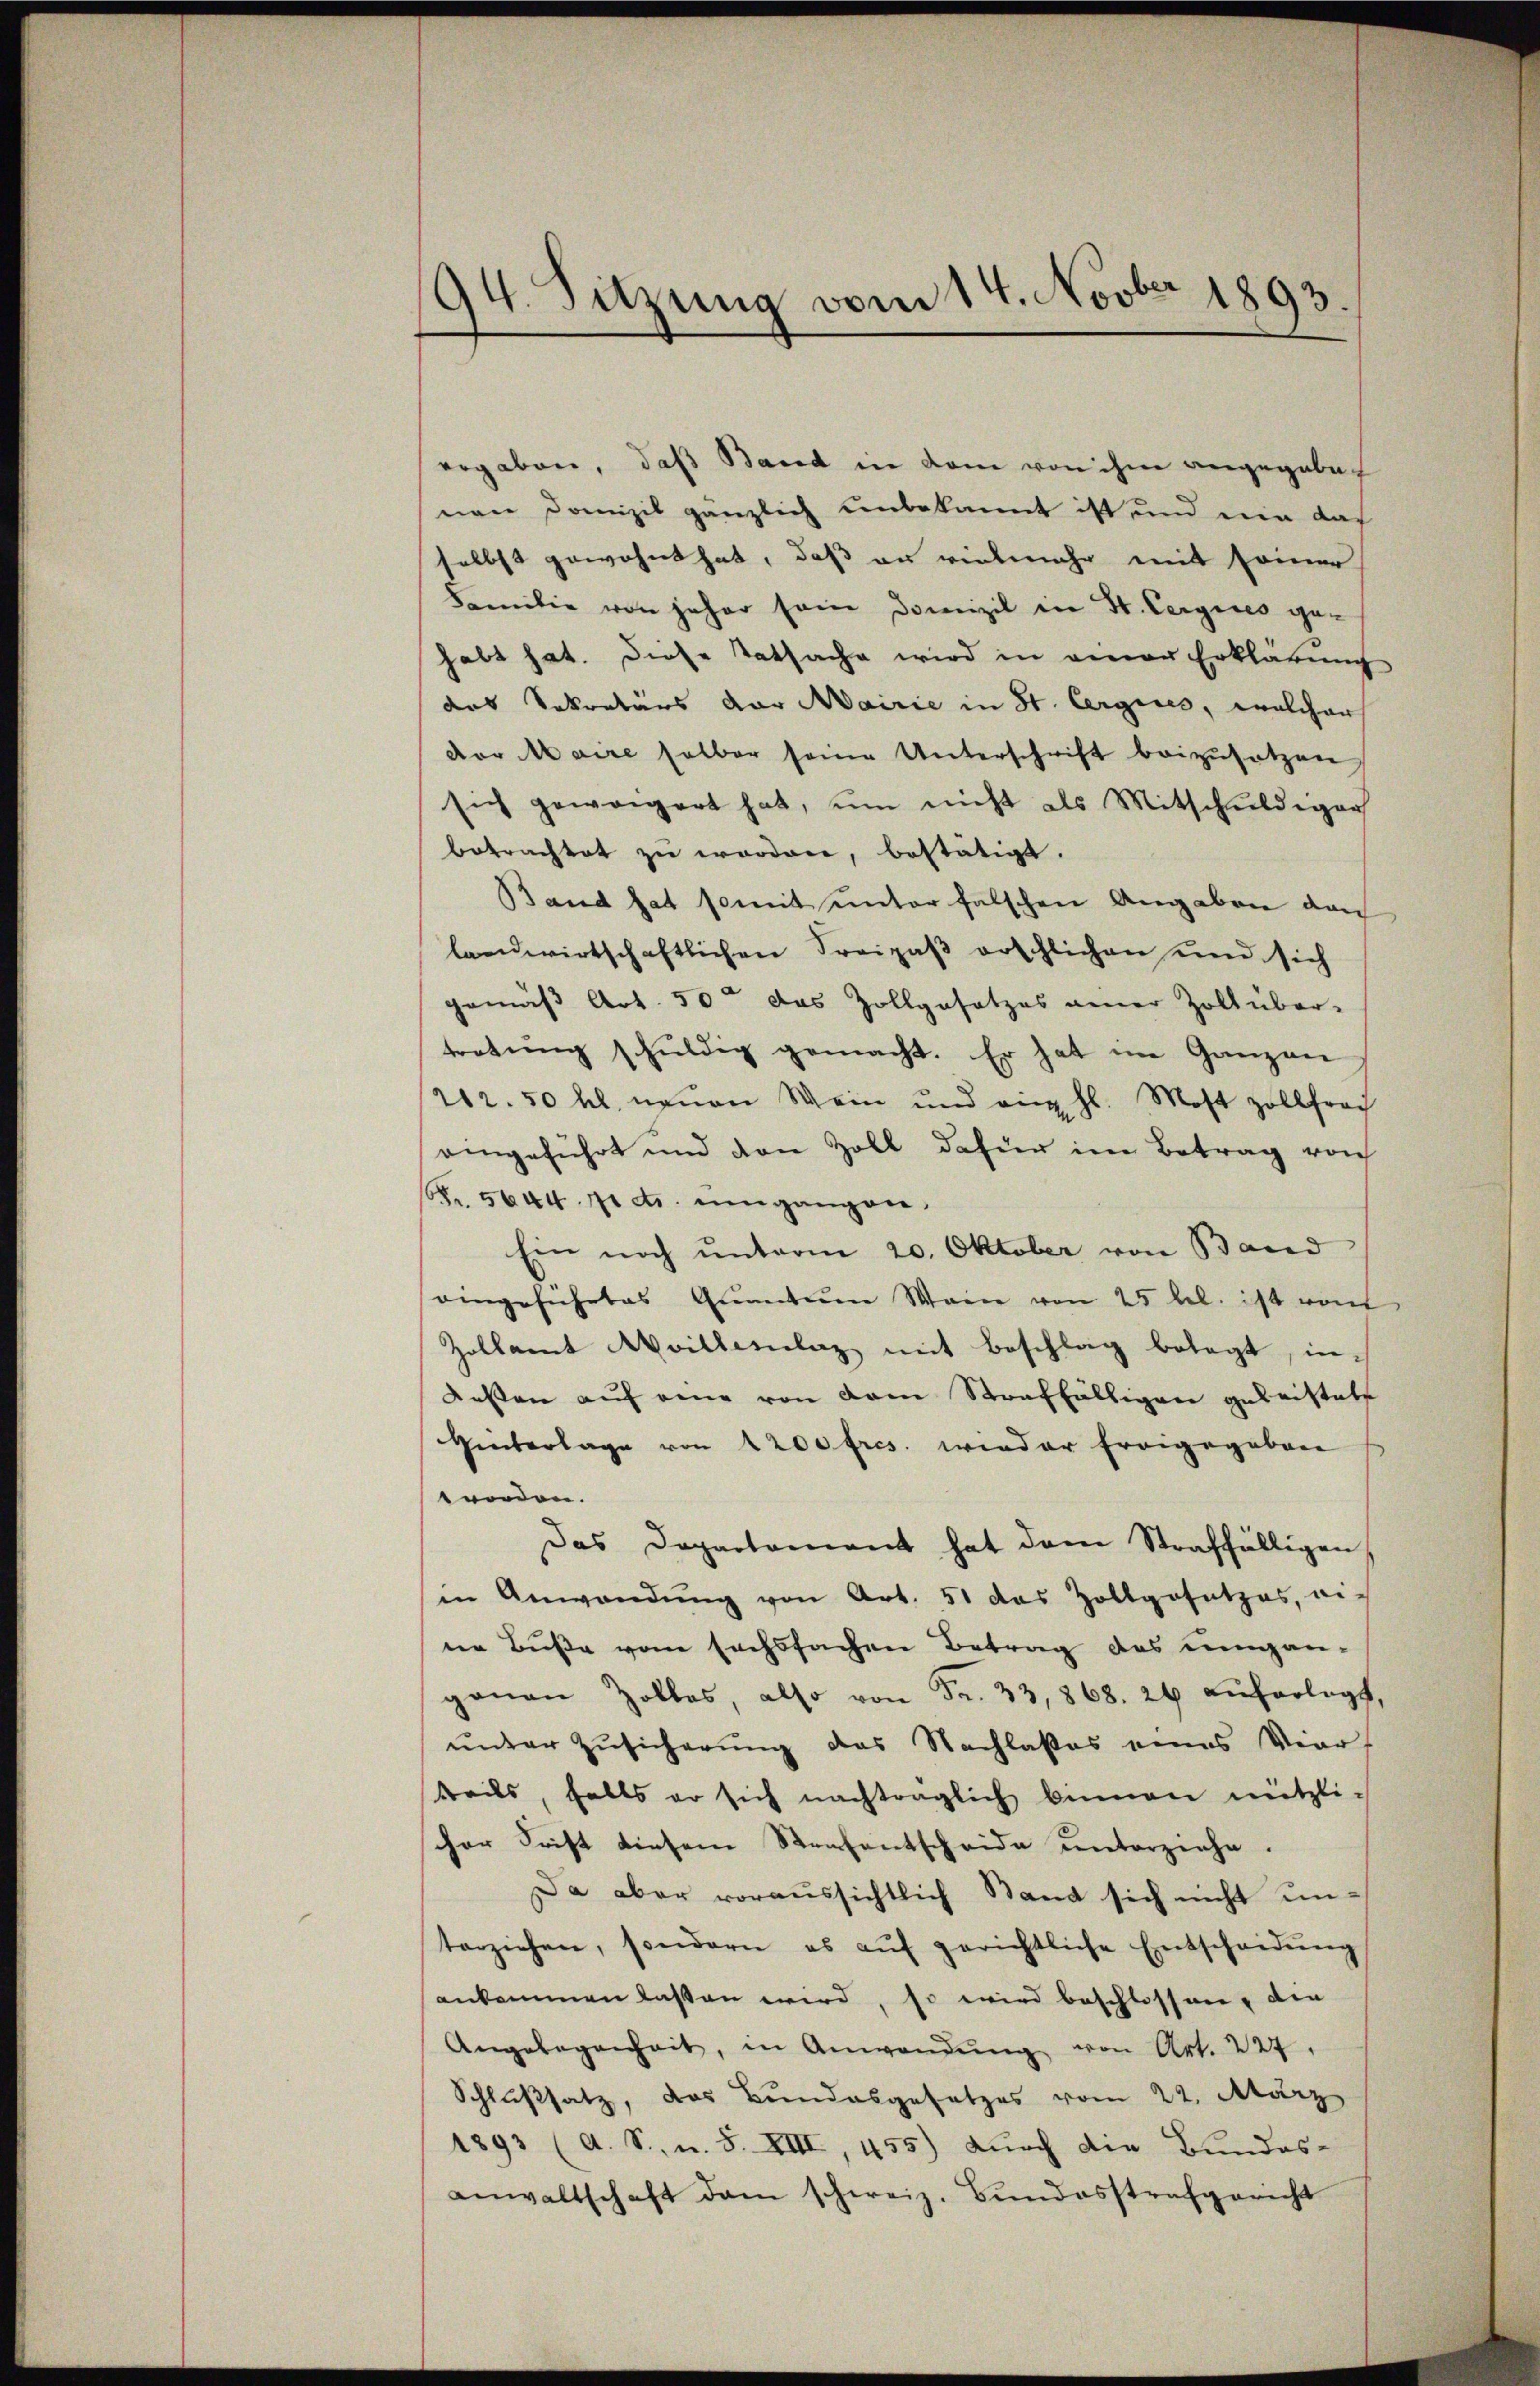
94. Sitzung vom 14. Novbr 1893.

ergaben, daß Band in dem von ihm angegebe
nen Domizil gänzlich unbekannt ist und ein das
selbst gewohnt hat, daß er vielmehr mit seiner
Familie von jeher sein Domizil in St. Cergires gehabt hat. Diese Tatsache wird in einer Erklärung
das Sekretärs der Mairie in St. Aergers, welcher
dor Maire selber seine Unterschrift beizusetzen
sich gewärgert hat, um nicht als Mitschuldiger
betrachtet zŭ worden, bestätigt.
Band hat somit unter falschen Angaben dach
landwirtschaftlichen Freipaß erschlichen und sich
gemäß Art. 50 das Zollgesetzes neuer Zoll über-
tretung schuldig gemacht. Er hat im Ganzen
212.50 kl. neuen Wein und ein hl. Most zollfrach
aingeführt und den Zoll dafür im Betrag von
Fr. 5644 pct. umgangen,
Ein noch unterm 20. Oktober von Band
eingeführtes Quantum Wein von 25 bel. ist von
Zollamt Avillenlaz mit Beschlag belegt, indessen aŭf eine von dem Straffälligen geleistete
Hinterlage von 1200 fres. wieder Ereigegebene
worden.
Das Departement hat dem Straffälligen
in Anwendŭng von Art. 51 das Zollgesetzes, ei-
ne Buße vom sechsfachen Betrag des unganganau Zolles, also von Fr. 33,868. 26 auferlegt,
ŭnter Zŭsicherŭng des Nachlasses eines Vierteils, falls er sich nachträglich binnen nützli-
cher Frist diesem Strafentscheide unterziehe.
Da aber voraussichtlich Stand sich nicht unterziehen, sondern es aŭf gerichtliche Entscheidŭng
ankommen laßen wird, so wird beschlossen, den
Angelegenheit, in Anwendŭng von Art. 227.
Schlußsatz, das Bundesgesetzes vom 22. März
1893 (A. S. u. S. XIII 455) dŭrch die Bundes-
anwaltschaft dem schweiz. Bŭndesstrafgericht